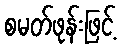
စမတ်ဖုန်းဖြင့်